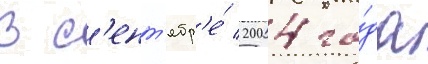
В с'ент'ябр'е́ 2004 го́да